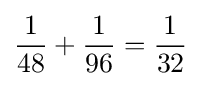
{\frac {1}{48}}+{\frac {1}{96}}={\frac {1}{32}}